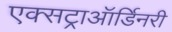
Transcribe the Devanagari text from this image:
एक्सट्राऑर्डिनरी